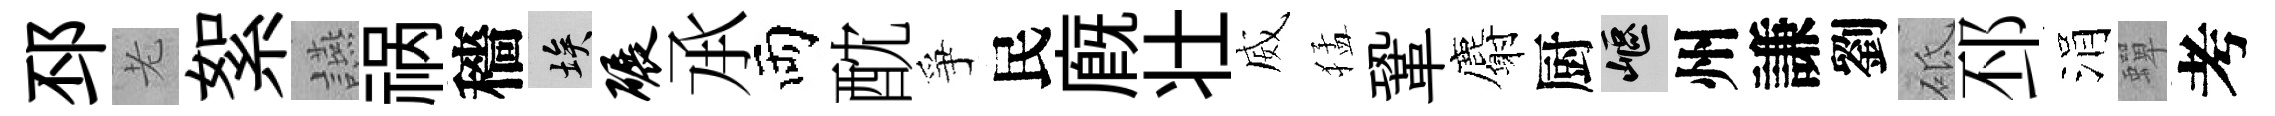
邳老絮讌祸穡埃碾𠄘両酖爭民廐壮威猛鞏麝厨嶇州謙劉砥邳涓蟬考